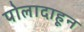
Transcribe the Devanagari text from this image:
पोलादाहून